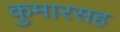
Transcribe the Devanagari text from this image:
कुमारसह